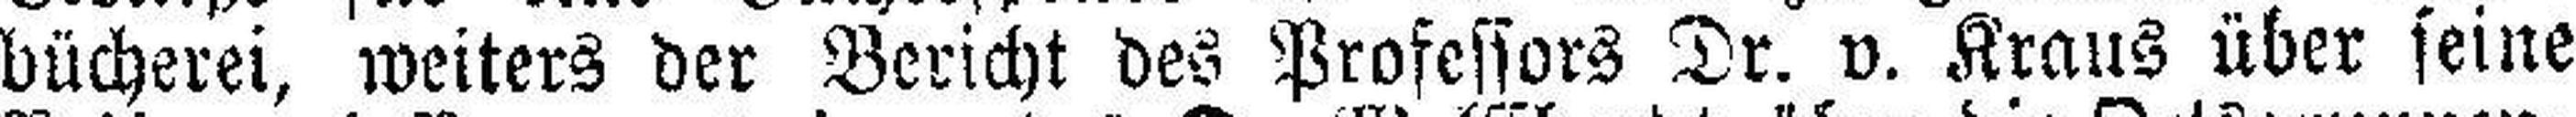
bücherei, weiters der Bericht des Professors Dr. v. Kraus über seine